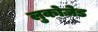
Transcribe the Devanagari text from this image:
लुकोज़ेड